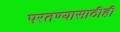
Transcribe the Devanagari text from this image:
परतण्यासाठीही